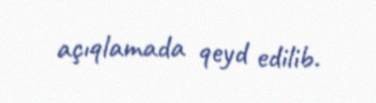
açıqlamada qeyd edilib.